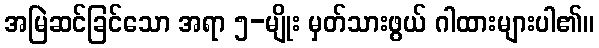
အမြဲဆင်ခြင်သော အရာ ၅-မျိုး မှတ်သားဖွယ် ဂါထားများပါ၏။